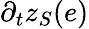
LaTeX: \partial_{t}z_{S}(e)